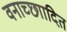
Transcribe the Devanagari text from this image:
वनाच्छाादित